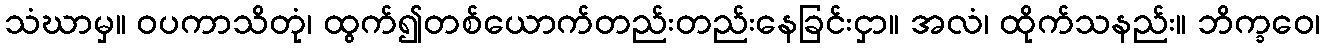
သံဃာမှ။ ဝပကာသိတုံ၊ ထွက်၍တစ်ယောက်တည်းတည်းနေခြင်းငှာ။ အလံ၊ ထိုက်သနည်း။ ဘိက္ခဝေ၊